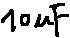
Text: 10µF